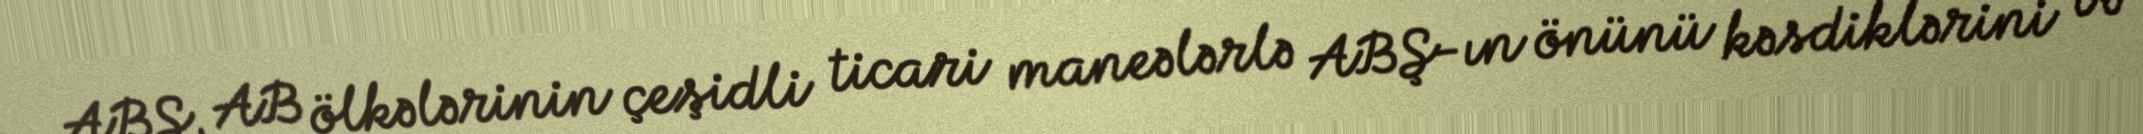
ABŞ, AB ölkələrinin çeşidli ticari maneələrlə ABŞ-ın önünü kəsdiklərini və